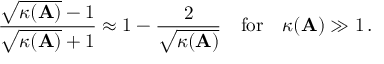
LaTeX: { \frac { { \sqrt { \kappa ( \mathbf { A } ) } } - 1 } { { \sqrt { \kappa ( \mathbf { A } ) } } + 1 } } \approx 1 - { \frac { 2 } { \sqrt { \kappa ( \mathbf { A } ) } } } \quad { \mathrm { f o r } } \quad \kappa ( \mathbf { A } ) \gg 1 \, .